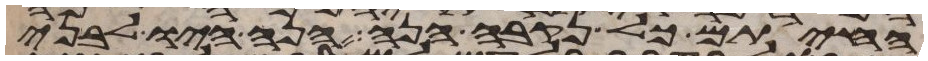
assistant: החיתם כל נקבה הנה הנה היו לבני